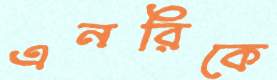
এনরিকে